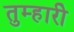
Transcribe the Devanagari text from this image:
तुम्हारीे